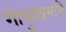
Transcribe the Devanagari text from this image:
गोपुराप्रमाणे